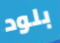
بلود